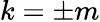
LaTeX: k=\pm m